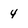
Character: 4